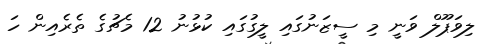
ލިވަޕޫލް ވަނީ މި ސީޒަނުގައި ލީގުގައި ކުޅުނު 12 މެޗުގެ ތެރެއިން ހަ